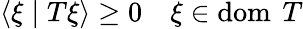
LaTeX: \langle\xi\mid T\xi\rangle\geq 0\quad\xi\in\operatorname{dom}\ T